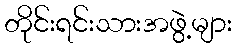
တိုင်းရင်းသားအဖွဲ့များ